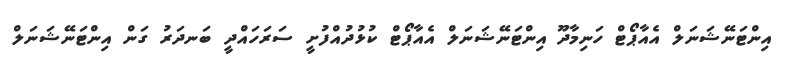
އިންޓަނޭޝަނަލް އެއާޕޯޓް ހަނިމާދޫ އިންޓަނޭޝަނަލް އެއާޕޯޓް ކުޅުދުއްފުށީ ސަރަހައްދީ ބަނދަރު ގަން އިންޓަނޭޝަނަލް